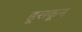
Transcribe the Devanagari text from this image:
हूसकून